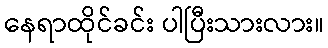
နေရာထိုင်ခင်း ပါပြီးသားလား။